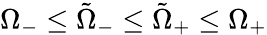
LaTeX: \Omega_{-}\leq\tilde{\Omega}_{-}\leq\tilde{\Omega}_{+}\leq\Omega_{+}